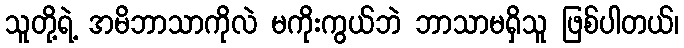
သူတို့ရဲ့ အမိဘာသာကိုလဲ မကိုးကွယ်ဘဲ ဘာသာမရှိသူ ဖြစ်ပါတယ်၊